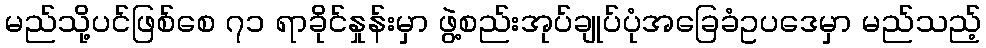
မည်သို့ပင်ဖြစ်စေ ၇၁ ရာခိုင်နှုန်းမှာ ဖွဲ့စည်းအုပ်ချုပ်ပုံအခြေခံဥပဒေမှာ မည်သည့်